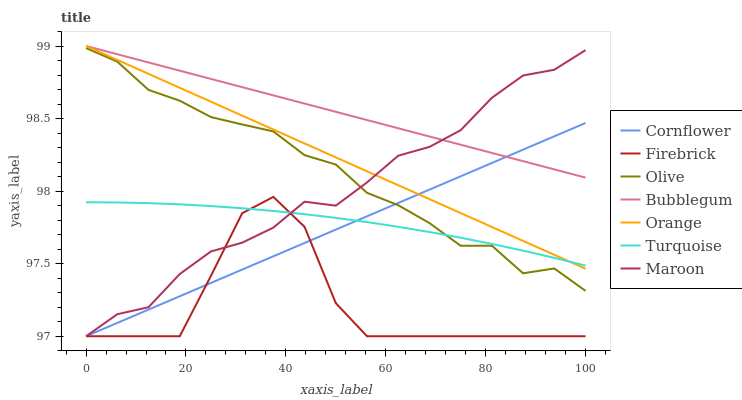
| xaxis_label | Cornflower | Firebrick | Olive | Bubblegum | Orange | Turquoise | Maroon |
 | --- | --- | --- | --- | --- | --- | --- | --- |
 | 0 | 97 | 97 | 99 | 99 | 99 | 97.9 | 97 |
 | 6.25 | 97.1 | 97 | 98.9 | 98.9 | 98.9 | 97.9 | 97.2 |
 | 12.5 | 97.2 | 97 | 98.7 | 98.9 | 98.8 | 97.9 | 97.2 |
 | 18.8 | 97.3 | 97 | 98.6 | 98.8 | 98.7 | 97.9 | 97.4 |
 | 25 | 97.4 | 97.4 | 98.5 | 98.8 | 98.6 | 97.9 | 97.6 |
 | 31.2 | 97.5 | 97.8 | 98.5 | 98.7 | 98.5 | 97.9 | 97.6 |
 | 37.5 | 97.6 | 98 | 98.4 | 98.7 | 98.4 | 97.9 | 97.7 |
 | 43.8 | 97.6 | 97.8 | 98.2 | 98.6 | 98.3 | 97.8 | 97.9 |
 | 50 | 97.7 | 97.2 | 98.2 | 98.5 | 98.2 | 97.8 | 97.9 |
 | 56.2 | 97.8 | 97 | 98 | 98.5 | 98.1 | 97.8 | 98.1 |
 | 62.5 | 97.9 | 97 | 97.9 | 98.4 | 98 | 97.8 | 98.2 |
 | 68.8 | 98 | 97 | 97.8 | 98.4 | 97.9 | 97.7 | 98.3 |
 | 75 | 98.1 | 97 | 97.6 | 98.3 | 97.8 | 97.7 | 98.4 |
 | 81.2 | 98.2 | 97 | 97.6 | 98.3 | 97.8 | 97.6 | 98.6 |
 | 87.5 | 98.3 | 97 | 97.4 | 98.2 | 97.7 | 97.6 | 98.8 |
 | 93.8 | 98.4 | 97 | 97.5 | 98.1 | 97.6 | 97.5 | 98.8 |
 | 100 | 98.5 | 97 | 97.3 | 98.1 | 97.5 | 97.5 | 99 |